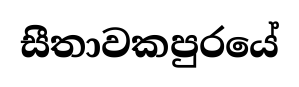
සීතාවකපුරයේ